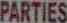
PARTIES